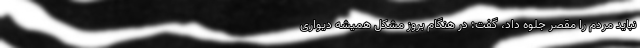
نباید مردم را مقصر جلوه داد، گفت: در هنگام بروز مشکل همیشه دیواری